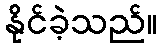
နိုင်ခဲ့သည်။